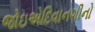
જોઇએદિવાનગીનો